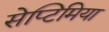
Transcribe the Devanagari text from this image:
सेप्टिमिया